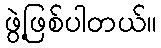
ဖွဲ့ဖြစ်ပါတယ်။